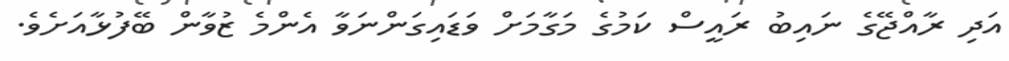
އަދި ރާއްޖޭގެ ނައިބު ރައީސް ކަމުގެ މަގާމަށް ވަޑައިގަންނަވާ އެންމެ ޒުވާން ބޭފުޅާއަށެވެ.